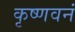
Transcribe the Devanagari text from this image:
कृष्णवनं